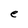
Character: e